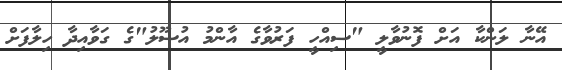
އޭނާ ލަންކާ އަށް ފޮނުވާލީ "ސިއްހީ ފަރުވާގެ އާންމު އުސޫލު"ގެ ގަވާއިދާ ހިލާފަށް